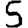
Digit: 5